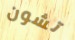
تشون